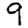
Digit: 9